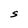
Character: S